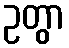
ဥတွာ